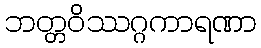
ဘတ္တဝိဿဂ္ဂကာရဏာ